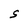
Character: S